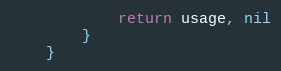
Language: Go
			return usage, nil
		}
	}